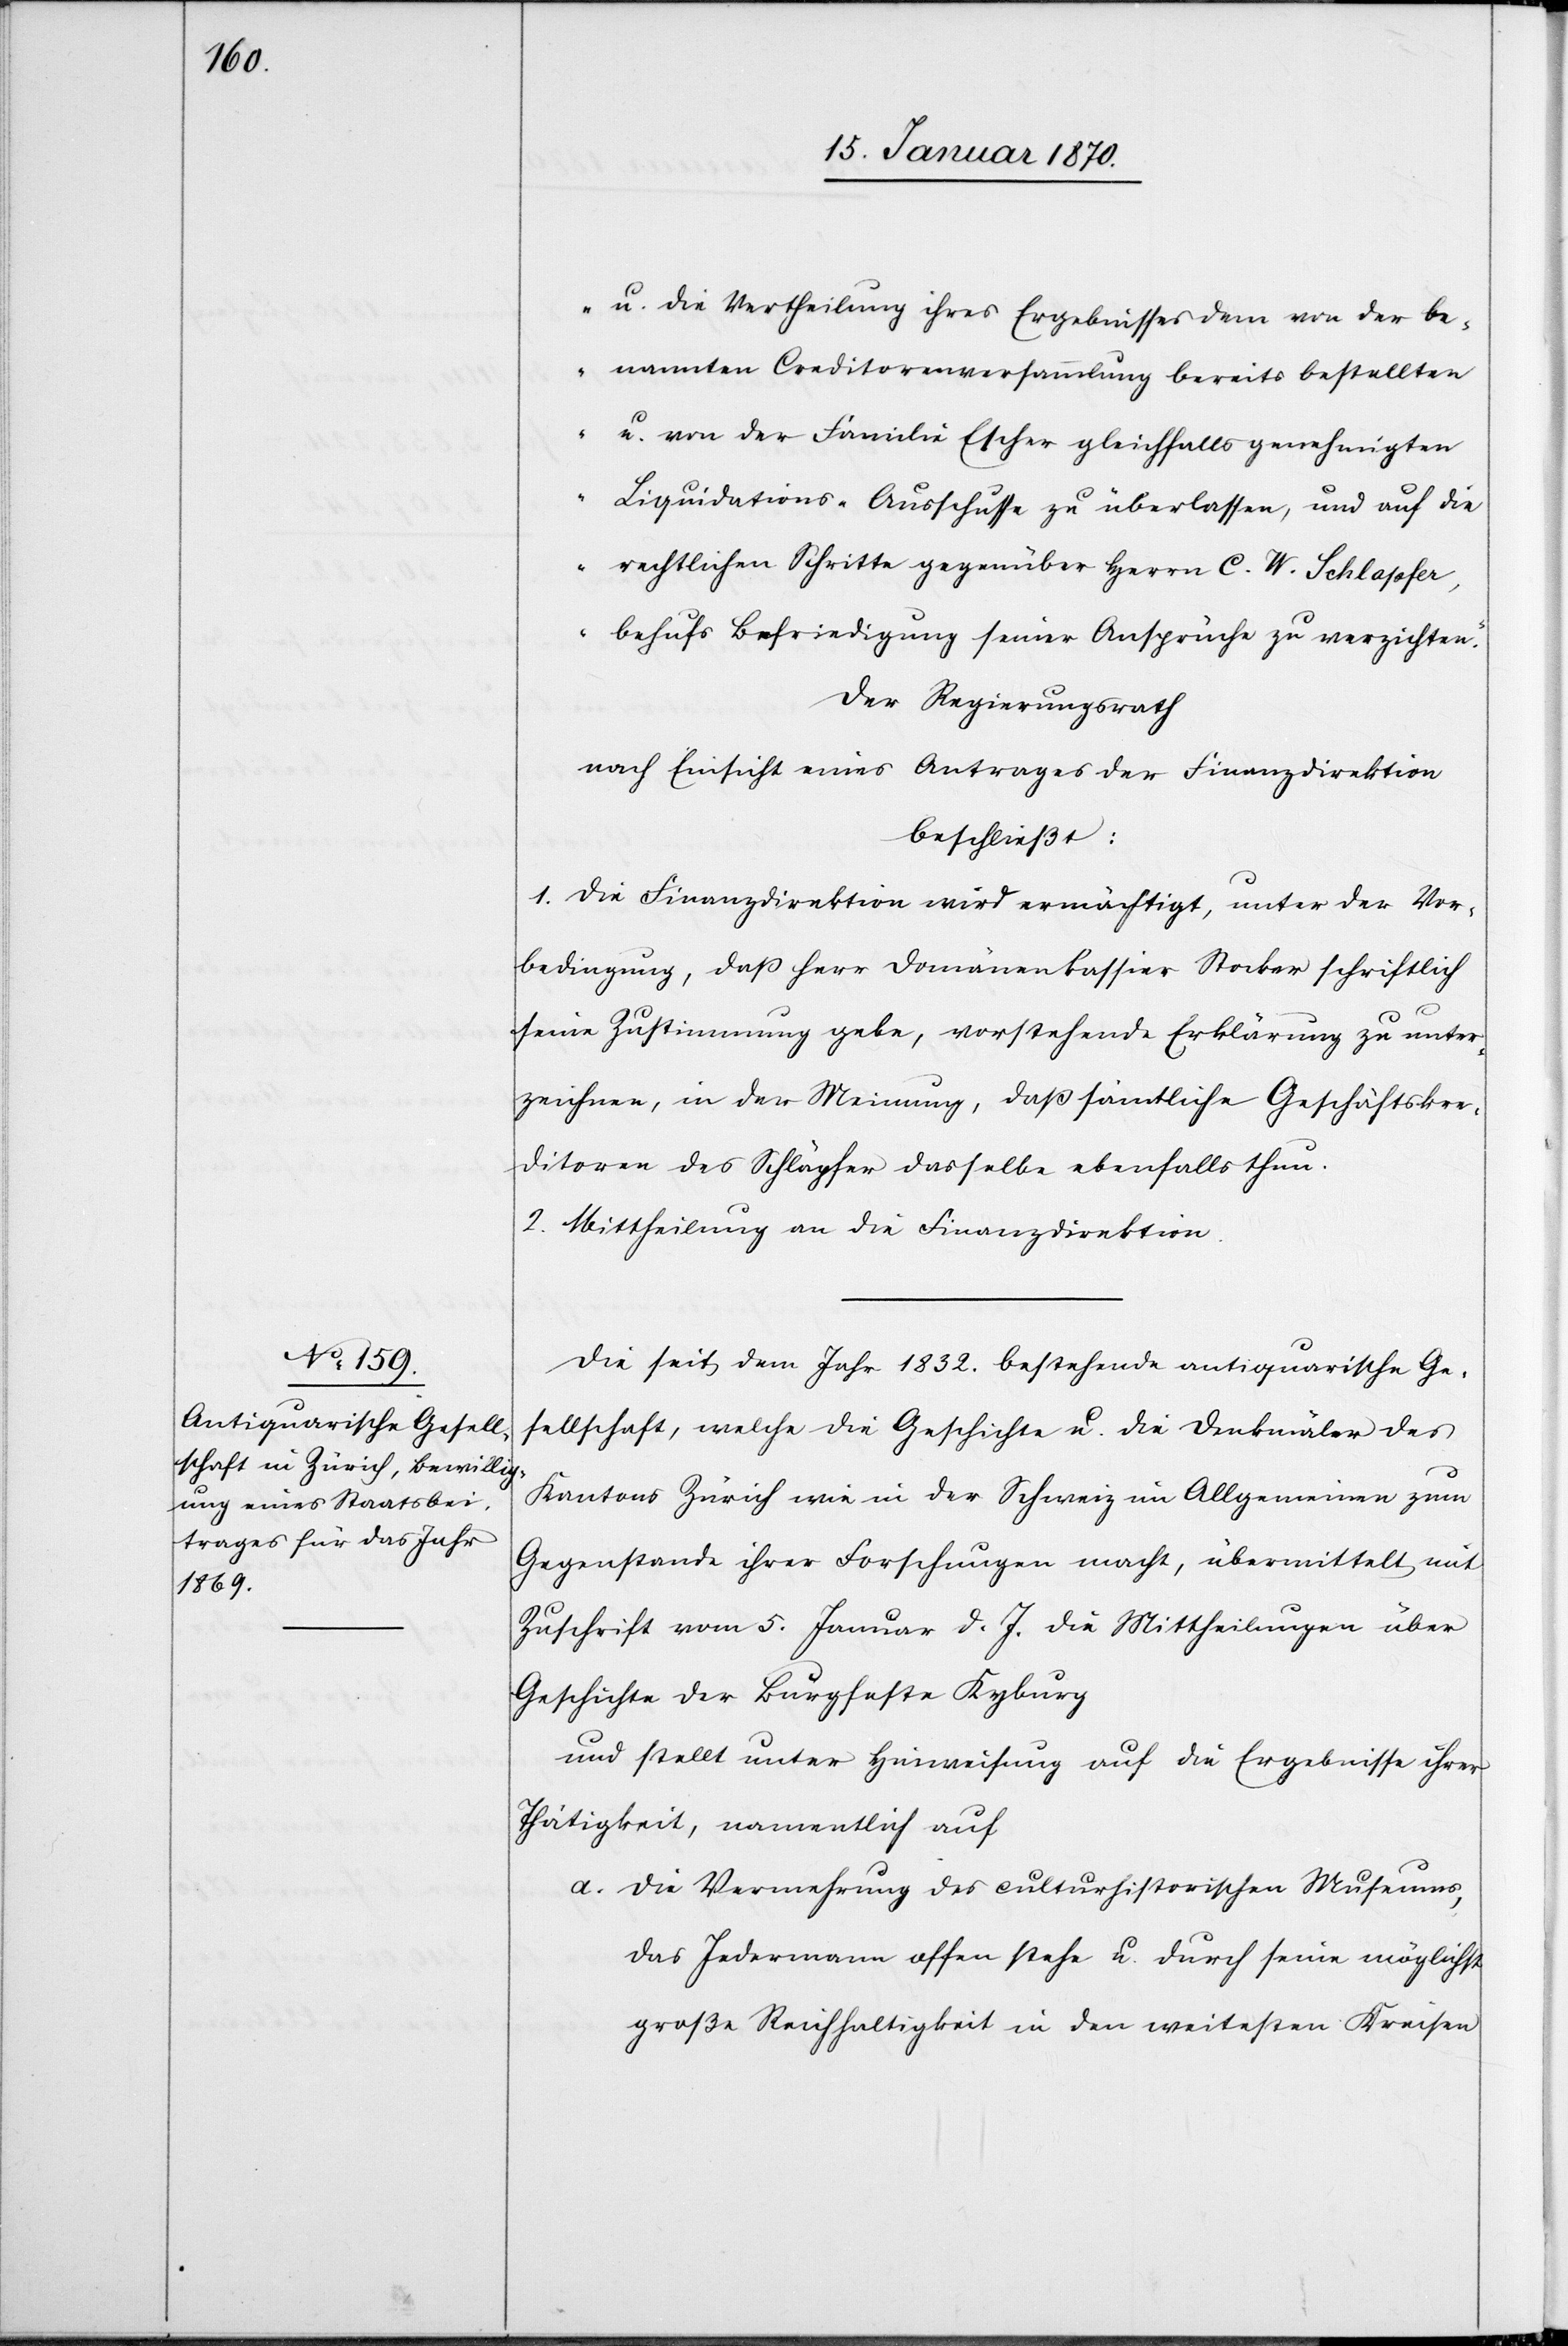
u. die Vertheilung ihres Ergebnisses dem von der be¬
nannten Creditorenversammlung bereits bestellten
u. von der Familie Escher gleichfalls genehmigten
Liquidations- Ausschusse zu überlassen, und auf die
rechtlichen Schritte gegenüber Herrn C. W. Schlapfer
behufs Befriedigung seiner Ansprüche zu verzichten.“
Der Regierungsrath
nach Einsicht eines Antrages der Finanzdirektion
beschließt:
1.Die Finanzdirektion wird ermächtig, unter der Vor¬
bedingung, daß Herr Domänenkassier Stocker schriftlich
seine Zustimmung gebe, vorstehende Erklärung zu unter¬
zeichnen, in der Meinung, daß sämtliche Geschäftskre¬
ditoren des Schläpfer dasselbe ebenfalls thun.
2. Mittheilung an die Finanzdirektion.
Die seit dem Jahr 1832. bestehende antiquarische Ge¬
sellschaft, welche die Geschichte u. die Denkmäler des
Kantons Zürich wie in der Schweiz im Allgemeinen zum
Gegenstande ihrer Forschungen macht, übermittelt mit
Zuschrift vom 5. Januar d. J. die Mittheilungen über
Geschichte der Burgfeste Kyburg
und stellt unter Hinweisung auf die Ergebnisse ihrer
Thätigkeit, namentlich auf
a. Die Vermehrung des culturhistorischen Museums,
das Jedermann offen stehe u. durch seine möglichst
große Reichhaltigkeit in den weitesten Kreisen